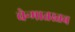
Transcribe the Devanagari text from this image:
चेन्मातस्तव